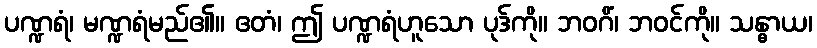
ပဏ္ဍရံ၊ မဏ္ဍရံမည်၏။ ဧတံ၊ ဤ ပဏ္ဍရံဟူသော ပုဒ်ကို။ ဘဝဂိံ၊ ဘဝင်ကို။ သန္ဓာယ၊